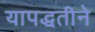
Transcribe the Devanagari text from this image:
यापद्धतीने